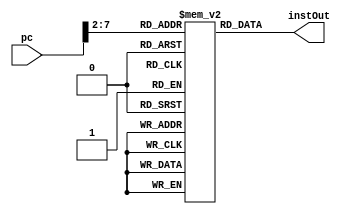
`timescale 1ns / 1ps
//////////////////////////////////////////////////////////////////////////////////
// Company: 
// Engineer: 
// 
// Design Name: 
// Module Name: instructionMemory
// Project Name: 
// Target Devices: 
// Tool Versions: 
// Description: 
// 
// Dependencies: 
// 
// Revision:
// Revision 0.01 - File Created
// Additional Comments:
// 
//////////////////////////////////////////////////////////////////////////////////


module instructionMemory(pc, instOut);
    input wire [31:0] pc;
    output reg [31:0] instOut;
    reg [31:0] memory [0:63];//memory 2D reg array
    
     
 
    
    initial begin
    /*
        memory[25] = {6'b100011, 5'b00000, 5'b00010, 16'b0000000000000000};    //100:   lw $v0, 00($at)   # $2 <- memory[$1+00]; load x[0]
        memory[26] = {6'b100011, 5'b00000, 5'b00011, 16'b0000000000000100};    //104:   lw $v1, 04($at)   # $3 <- memory[$1+04]; load x[1]
        memory[27] = {6'b100011, 5'b00000, 5'b00100, 16'b0000000000001000};
        memory[28] = {6'b100011, 5'b00000, 5'b00101, 16'b0000000000001100};
        memory[29] = {6'b000000, 5'b00010, 5'b01010, 5'b00110, 5'b00000, 6'b100000}; //add 6, 2, 10
    */
    
        memory[25] = {6'b000000, 5'b00001, 5'b00010, 5'b00011, 5'b00000, 6'b100000}; //add 3, 1, 2
        memory[26] = {6'b000000, 5'b01001, 5'b00011, 5'b00100, 5'b00000, 6'b100010}; //sub 4, 9, 3
        memory[27] = {6'b000000, 5'b00011, 5'b01001, 5'b00101, 5'b00000, 6'b100101}; //or 5, 3, 9
        memory[28] = {6'b000000, 5'b00011, 5'b01001, 5'b00110, 5'b00000, 6'b100110}; //xor 6, 3, 9
        memory[29] = {6'b000000, 5'b00011, 5'b01001, 5'b00111, 5'b00000, 6'b100100}; //and 7, 3, 9
    end
    
    always @(*) begin
        instOut = memory[pc[7:2]]; //set instOut to value of memory array at position pc
    end
endmodule